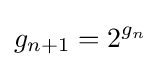
g_{n+1}=2^{g_{n}}